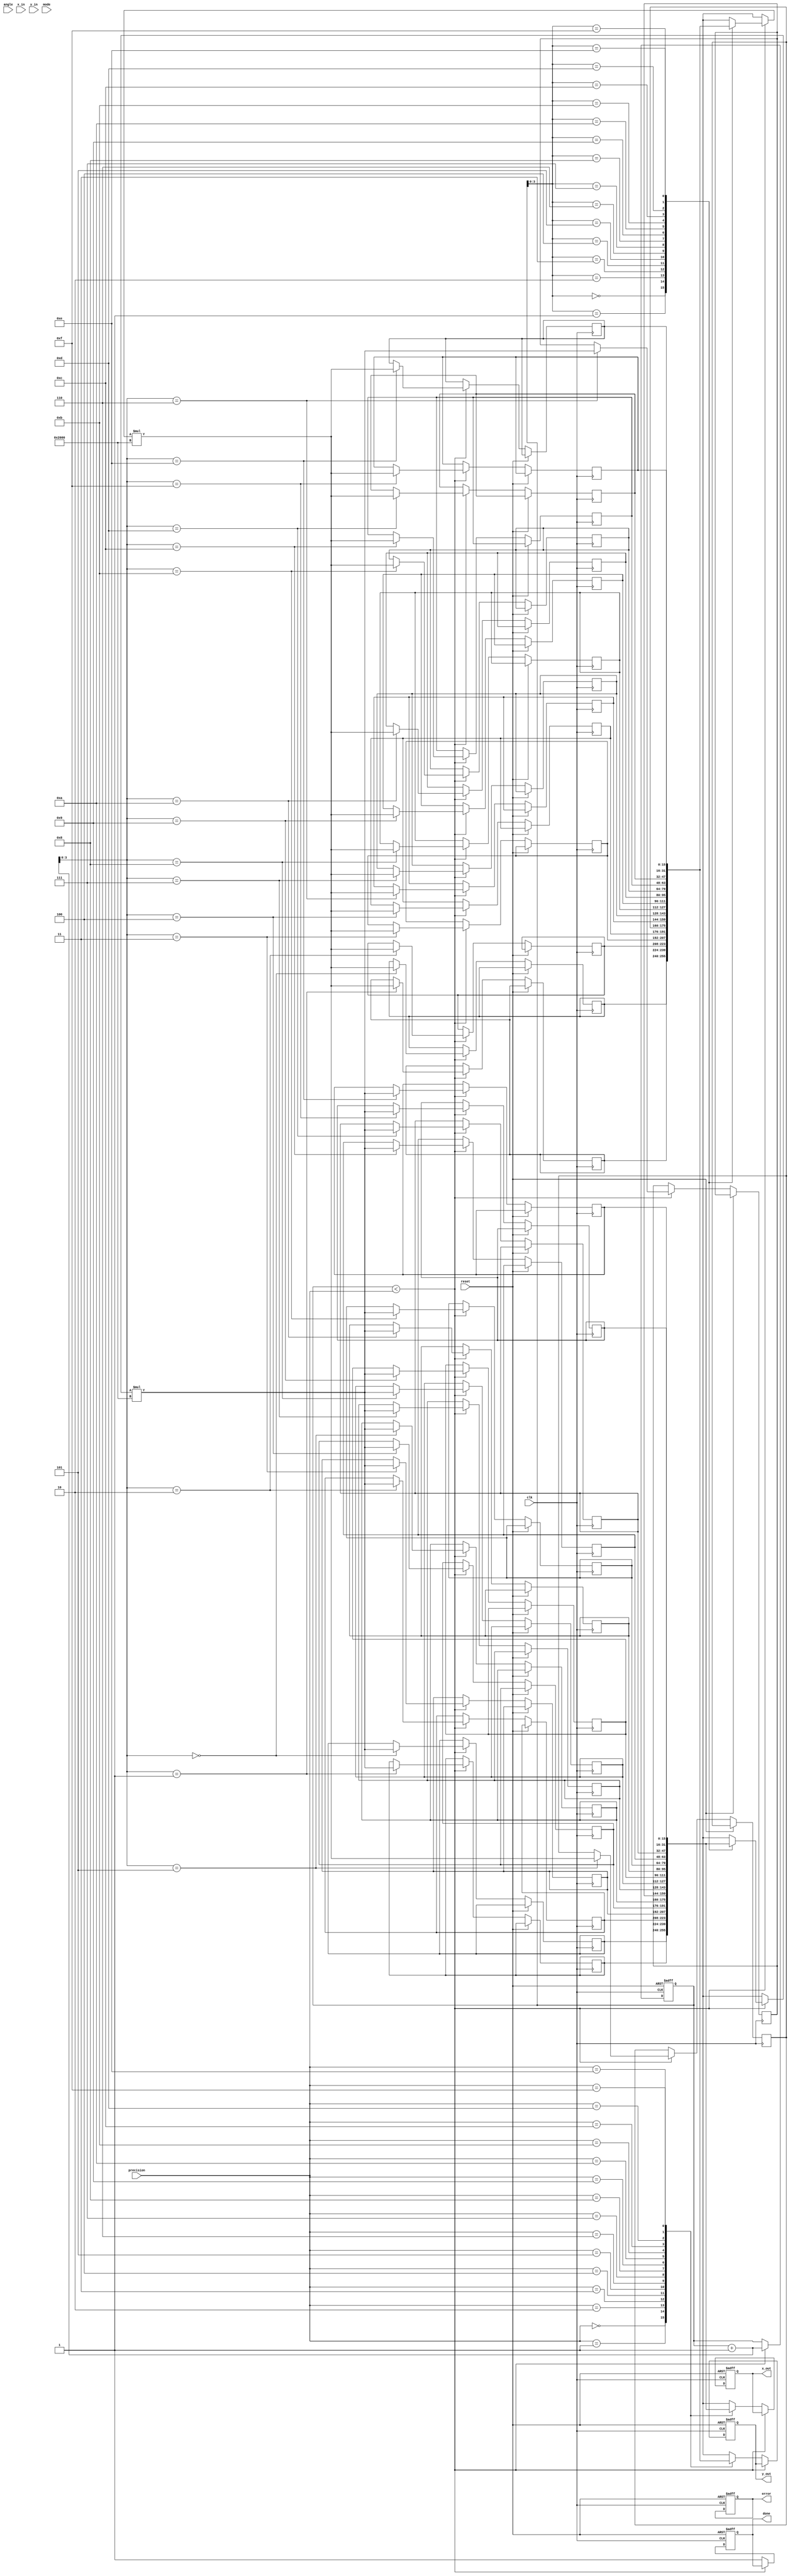
module adaptive_cordic #(
    parameter WIDTH = 16,          // Bit-width for fixed-point representation
    parameter ITERATIONS = 16      // Number of CORDIC iterations
)(
    input wire clk,
    input wire reset,
    input wire [WIDTH-1:0] angle,  // Input angle in radians (fixed-point)
    input wire [WIDTH-1:0] x_in,    // Input x value
    input wire [WIDTH-1:0] y_in,    // Input y value
    input wire mode,                // Mode selection: 0 for rotation, 1 for vectoring
    input wire [3:0] precision,     // Desired precision level
    output reg [WIDTH-1:0] x_out,   // Output x value
    output reg [WIDTH-1:0] y_out,   // Output y value
    output reg done,                // Computation done signal
    output reg error                // Error signal
);

    reg [WIDTH-1:0] x[0:ITERATIONS-1]; // Pipeline registers for x
    reg [WIDTH-1:0] y[0:ITERATIONS-1]; // Pipeline registers for y
    reg [WIDTH-1:0] z[0:ITERATIONS-1]; // Pipeline registers for angle
    reg [WIDTH-1:0] atan_table[0:ITERATIONS-1]; // Lookup table for atan values
    reg [4:0] iteration_count; // Iteration counter
    reg [WIDTH-1:0] scaling_factor; // Scaling factor

    // Initialize the atan lookup table (example values)
    initial begin
        // Populate atan_table with precomputed arctangent values
        // atan_table[0] = 16'b0000000000000000; // atan(0)
        // atan_table[1] = 16'b0000000000000001; // atan(1)
        // ... Fill in the rest of the values ...
    end

    // Scaling factor initialization
    initial begin
        scaling_factor = 16'b0010000000000000; // Example scaling factor (2^1)
    end

    // Control logic for CORDIC iterations
    always @(posedge clk or posedge reset) begin
        if (reset) begin
            iteration_count <= 0;
            done <= 0;
            error <= 0;
            x_out <= 0;
            y_out <= 0;
        end else if (iteration_count < precision) begin
            // CORDIC iteration logic
            if (mode == 0) begin // Rotation mode
                // Perform rotation
                if (z[iteration_count] < 0) begin
                    x[iteration_count + 1] <= x[iteration_count] + (y[iteration_count] >>> iteration_count);
                    y[iteration_count + 1] <= y[iteration_count] - (x[iteration_count] >>> iteration_count);
                    z[iteration_count + 1] <= z[iteration_count] + atan_table[iteration_count];
                end else begin
                    x[iteration_count + 1] <= x[iteration_count] - (y[iteration_count] >>> iteration_count);
                    y[iteration_count + 1] <= y[iteration_count] + (x[iteration_count] >>> iteration_count);
                    z[iteration_count + 1] <= z[iteration_count] - atan_table[iteration_count];
                end
            end else begin // Vectoring mode
                // Perform vectoring
                // Similar logic as rotation, but with different handling
            end

            // Update scaling factor
            x[iteration_count + 1] <= x[iteration_count] * scaling_factor;
            y[iteration_count + 1] <= y[iteration_count] * scaling_factor;

            iteration_count <= iteration_count + 1;
        end else begin
            // Final output assignment
            x_out <= x[precision];
            y_out <= y[precision];
            done <= 1;
        end
    end

endmodule